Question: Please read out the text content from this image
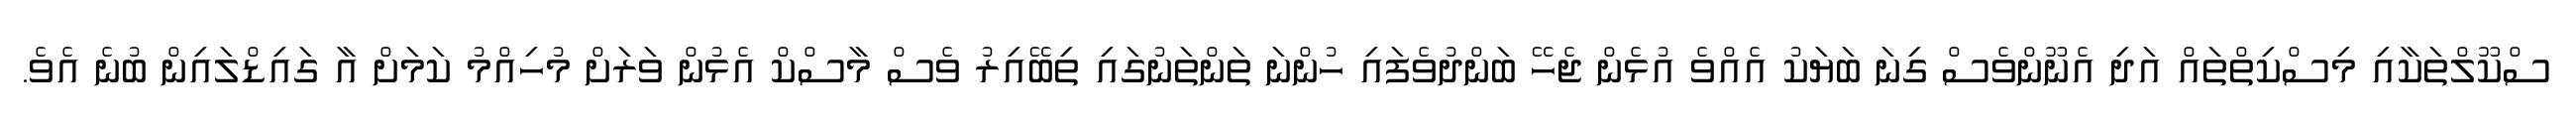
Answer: ސްކޫލްތަކާއި މިސްކިތްތައް އަދި އެނޫންވެސް ގިނަ ބަޔަކު އެއްވެ އުޅެން ޖެހޭ ބަންދުވެފައި ހުންނަ ތަންތަނުގައި ތިބޭއިރު ވެސް މާސްކް އެޅުން ވަރަށް މުހިއްމު ކަމަށް އާ ގައިޑްލައިން ބުނެ އެވެ.